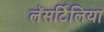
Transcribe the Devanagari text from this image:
लॅसर्टिलिया